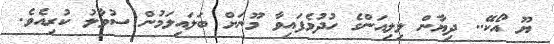
ޔޫ އޯކޭ.. ދިޔާން ލިލިއަންގެ ހުދުވެފައިވާ މޫނަށް ބަލައިލަމުން ސުވާލު ކުރިއެވެ.